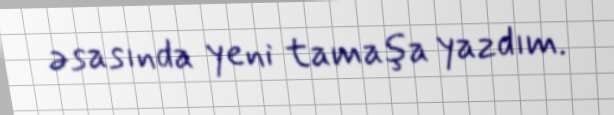
əsasında yeni tamaşa yazdım.